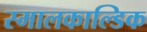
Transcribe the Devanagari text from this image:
स्मालकाल्डिक